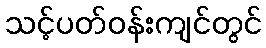
သင့်ပတ်ဝန်းကျင်တွင်